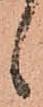
候